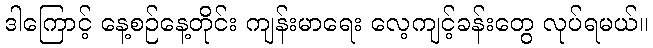
ဒါကြောင့် နေ့စဉ်နေ့တိုင်း ကျန်းမာရေး လေ့ကျင့်ခန်းတွေ လုပ်ရမယ်။